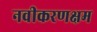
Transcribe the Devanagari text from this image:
नवीकरणक्षम